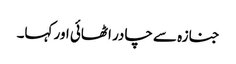
جنازہ سے چادر اٹھائی اور کہا۔